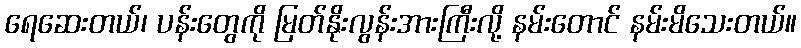
ရေဆေးတယ်၊ ပန်းတွေကို မြတ်နိုးလွန်းအားကြီးလို့ နမ်းတောင် နမ်းမိသေးတယ်။